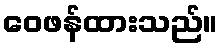
ဝေဖန်ထားသည်။